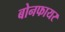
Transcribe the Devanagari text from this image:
बोनफायर